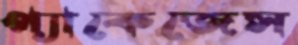
প্যাকেজেস